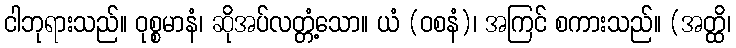
ငါဘုရားသည်။ ဝုစ္စမာနံ၊ ဆိုအပ်လတ္တံ့သော။ ယံ (ဝစနံ)၊ အကြင် စကားသည်။ (အတ္ထိ၊